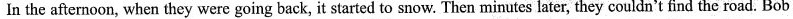
In the afternoon, when they were going back, it started to snow. Then minutes later, they couldn't find the road. Bob